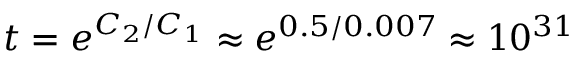
t = e ^ { C _ { 2 } / C _ { 1 } } \approx e ^ { 0 . 5 / 0 . 0 0 7 } \approx 1 0 ^ { 3 1 }